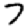
Digit: 7